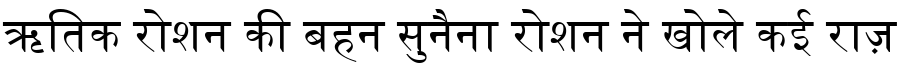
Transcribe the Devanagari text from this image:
ऋतिक रोशन की बहन सुनैना रोशन ने खोले कई राज़